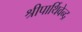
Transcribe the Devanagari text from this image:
श्रीपार्थिवेन्द्र